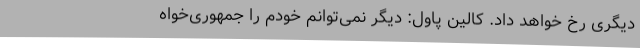
دیگری رخ خواهد داد. کالین پاول: دیگر نمی‌توانم خودم را جمهوری‌خواه